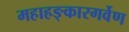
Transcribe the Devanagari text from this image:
महाहङ्कारगर्वेण